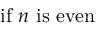
{ \mathrm { i f ~ } } n { \mathrm { ~ i s ~ e v e n } }